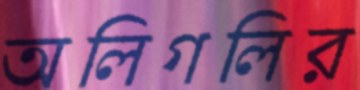
অলিগলির